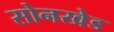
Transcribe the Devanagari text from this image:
सोनखेड